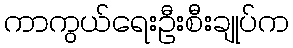
ကာကွယ်ရေးဦးစီးချုပ်က